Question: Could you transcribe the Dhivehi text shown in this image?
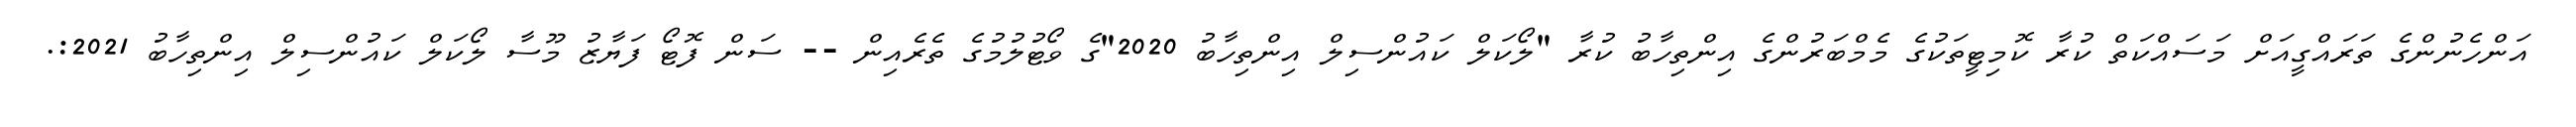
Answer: އަންހެނުންގެ ތަރައްގީއަށް މަސައްކަތް ކުރާ ކޮމިޓީތަކުގެ މެމްބަރުންގެ އިންތިހާބު ކުރާ "ލޯކަލް ކައުންސިލް އިންތިހާބު 2020"ގެ ވޯޓުލުމުގެ ތެރެއިން -- ސަން ފޮޓޯ ފަޔާޒު މޫސާ ލޯކަލް ކައުންސިލް އިންތިހާބު 2021:.